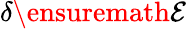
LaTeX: \delta{\ensuremath{\mathcal E}}